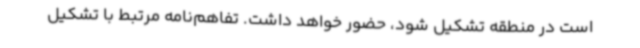
است در منطقه تشکیل شود، حضور خواهد داشت. تفاهم‌نامه‌ مرتبط با تشکیل